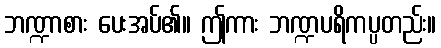
ဘဏ္ဍာစား ပေးအပ်၏။ ဤကား ဘဏ္ဍပရိကပ္ပတည်း။